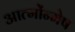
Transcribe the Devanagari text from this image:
आत्मोंन्मेष